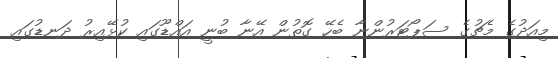
މިއަދުގެ މެޗުގެ ސަޕޯޓަރުންނާ ބެހޭ ގޮތުން އޭނާ ބުނީ އައްޑޫގައި ކުޅޭއިރު ދަނޑުގައި